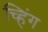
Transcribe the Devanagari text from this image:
च्हिंग